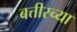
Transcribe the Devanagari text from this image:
बत्तीस्च्या